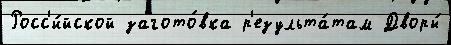
Росс'и́йской загото́вка р'езульта́там Дворы́